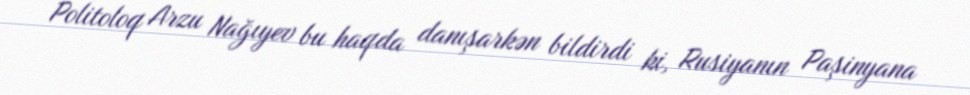
Politoloq Arzu Nağıyev bu haqda danışarkən bildirdi ki, Rusiyanın Paşinyana